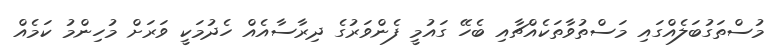
މުސްތަގުބަލެއްގައި މަސްތުވާތަކެއްޗާއި ބެހޭ ގައުމީ ފެންވަރުގެ ދިރާސާއެއް ހެދުމަކީ ވަރަށް މުހިންމު ކަމެއް